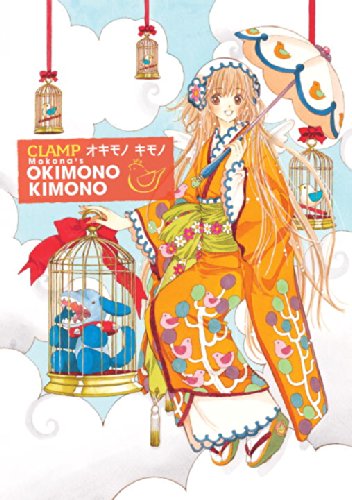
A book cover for Okimono Kimono; Mokona; Comics & Graphic Novels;